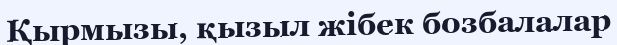
Қырмызы, қызыл жібек бозбалалар